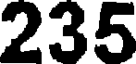
235